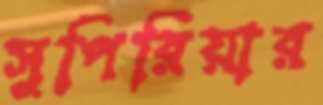
সুপিরিয়ার